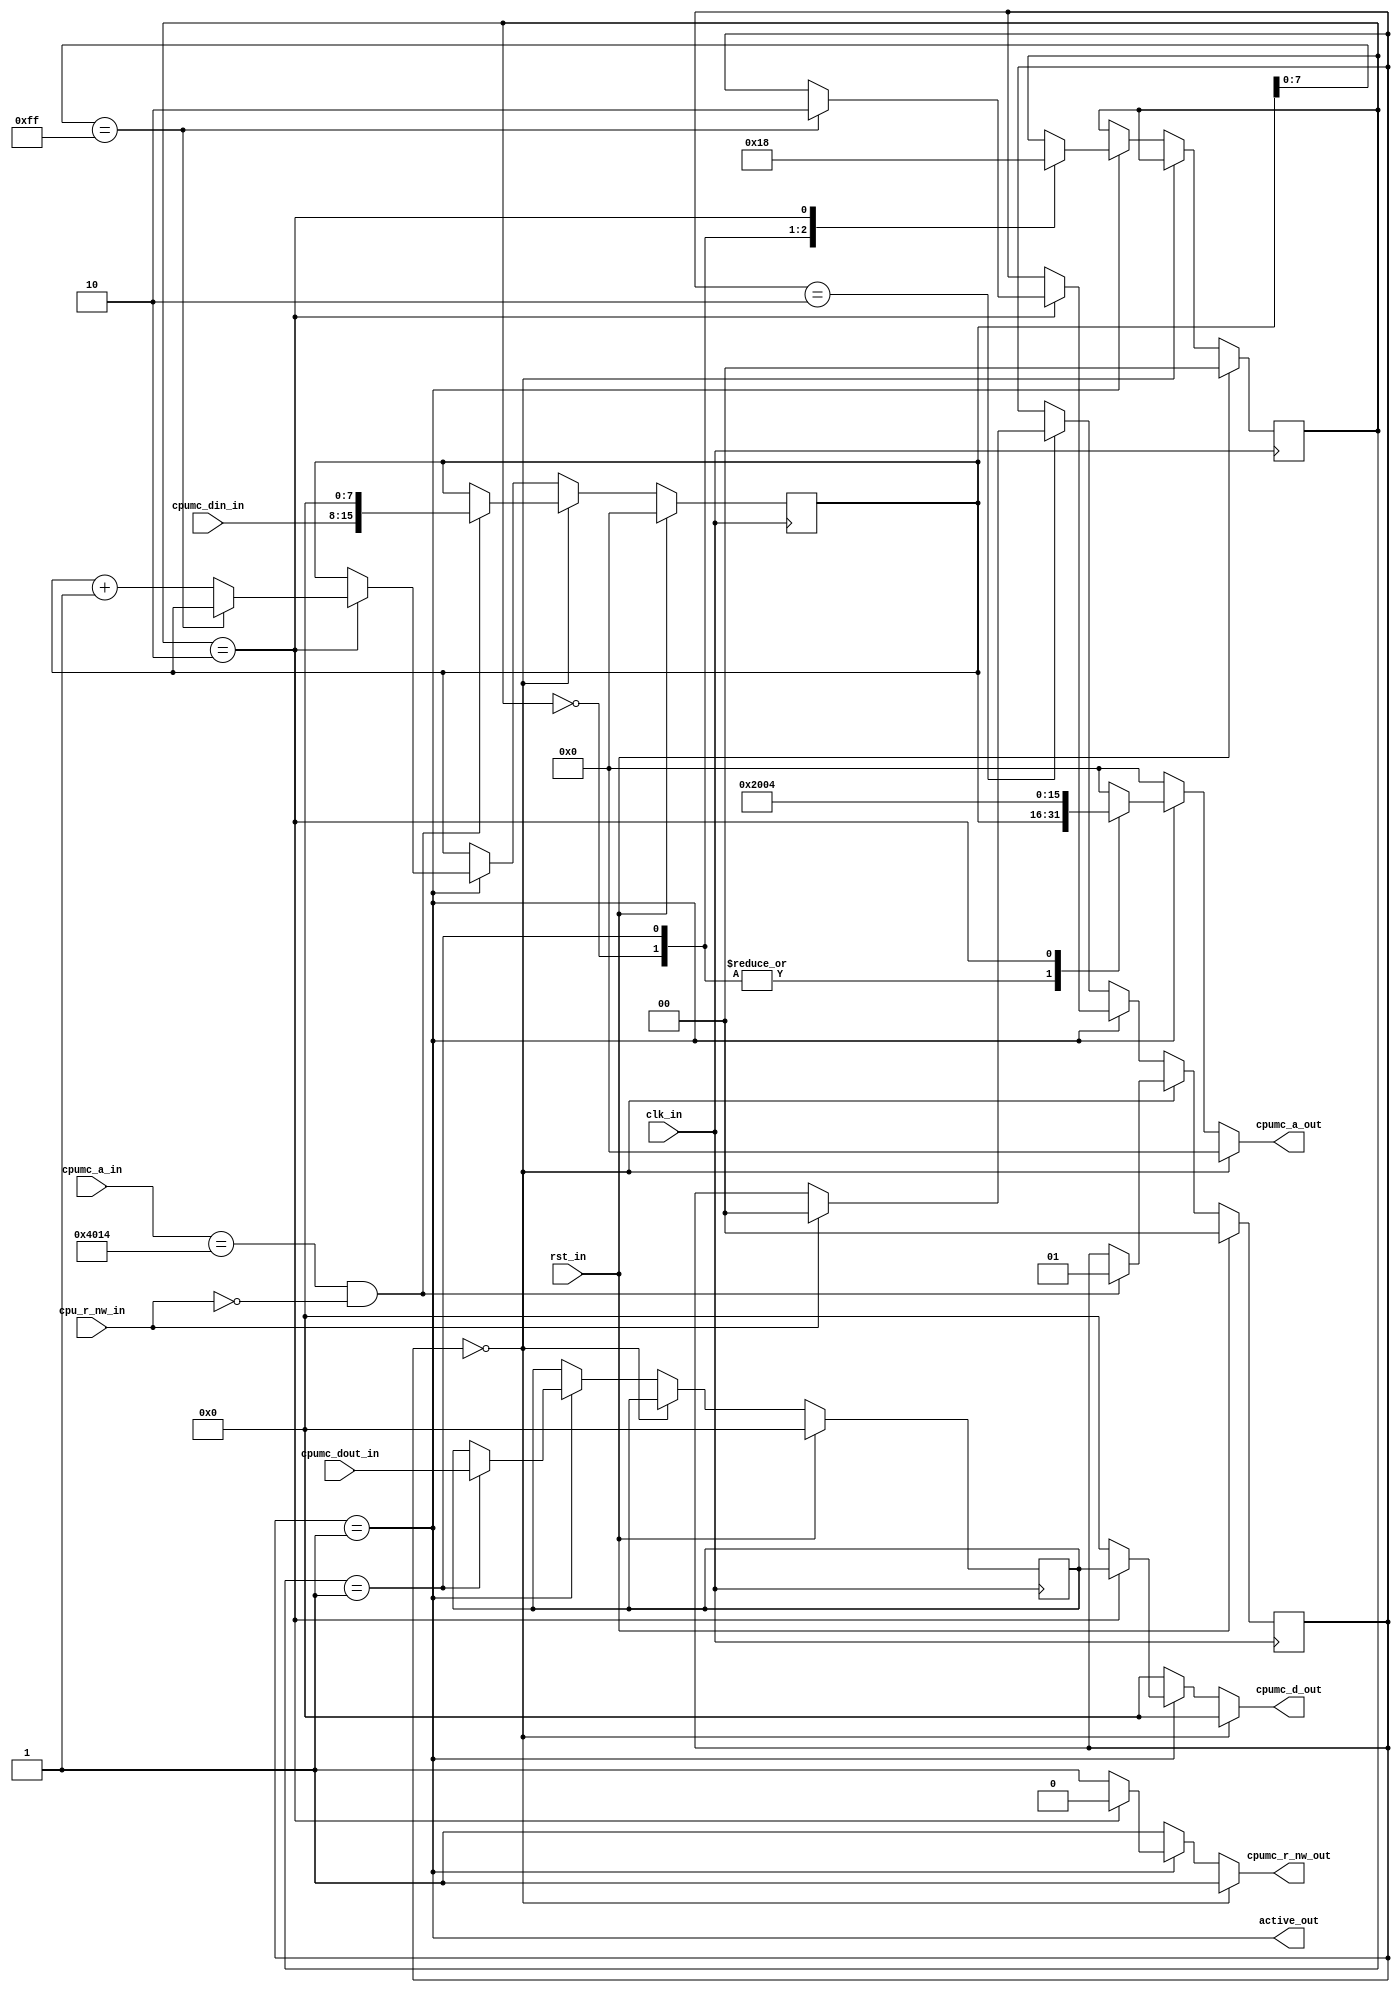
module sprdma
(
  input  wire        clk_in,         
  input  wire        rst_in,         
  input  wire [15:0] cpumc_a_in,     
  input  wire [ 7:0] cpumc_din_in,   
  input  wire [ 7:0] cpumc_dout_in,  
  input  wire        cpu_r_nw_in,    
  output wire        active_out,     
  output reg  [15:0] cpumc_a_out,    
  output reg  [ 7:0] cpumc_d_out,    
  output reg         cpumc_r_nw_out  
);
localparam [1:0] S_READY    = 2'h0,
                 S_ACTIVE   = 2'h1,
                 S_COOLDOWN = 2'h2;
reg [ 1:0] q_state, d_state; 
reg [15:0] q_addr,  d_addr;  
reg [ 1:0] q_cnt,   d_cnt;   
reg [ 7:0] q_data,  d_data;  
always @(posedge clk_in)
  begin
    if (rst_in)
      begin
        q_state <= S_READY;
        q_addr  <= 16'h0000;
        q_cnt   <= 2'h0;
        q_data  <= 8'h00;
      end
    else
      begin
        q_state <= d_state;
        q_addr  <= d_addr;
        q_cnt   <= d_cnt;
        q_data  <= d_data;
      end
  end
always @*
  begin
    d_state = q_state;
    d_addr  = q_addr;
    d_cnt   = q_cnt;
    d_data  = q_data;
    cpumc_a_out    = 16'h00;
    cpumc_d_out    = 8'h00;
    cpumc_r_nw_out = 1'b1;
    if (q_state == S_READY)
      begin
        if ((cpumc_a_in == 16'h4014) && !cpu_r_nw_in)
          begin
            d_state = S_ACTIVE;
            d_addr  = { cpumc_din_in, 8'h00 };
          end
      end
    else if (q_state == S_ACTIVE)
      begin
        case (q_cnt)
          2'h0:
            begin
              cpumc_a_out = q_addr;
              d_cnt       = 2'h1;
            end
          2'h1:
            begin
              cpumc_a_out = q_addr;
              d_data      = cpumc_dout_in;
              d_cnt       = 2'h2;
            end
          2'h2:
            begin
              cpumc_a_out    = 16'h2004;
              cpumc_d_out    = q_data;
              cpumc_r_nw_out = 1'b0;
              d_cnt          = 2'h0;
              if (q_addr[7:0] == 8'hff)
                d_state = S_COOLDOWN;
              else
                d_addr = q_addr + 16'h0001;
            end
        endcase
      end
    else if (q_state == S_COOLDOWN)
      begin
        if (cpu_r_nw_in)
          d_state = S_READY;
      end
  end
assign active_out = (q_state == S_ACTIVE);
endmodule